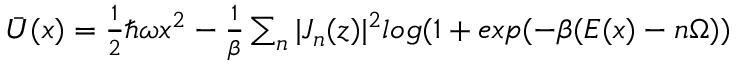
\begin{array} { r } { \bar { U } ( x ) = \frac { 1 } { 2 } \hbar \omega x ^ { 2 } - \frac { 1 } { \beta } \sum _ { n } | J _ { n } ( z ) | ^ { 2 } l o g ( 1 + e x p ( - \beta ( E ( x ) - n \Omega ) ) } \end{array}